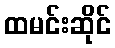
ထမင်းဆိုင်